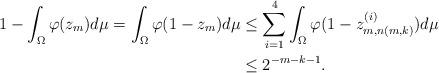
LaTeX: \begin{align*}1-\int_\Omega\varphi(z_m)d\mu=\int_\Omega\varphi(1-z_m)d\mu&\leq\sum_{i=1}^4\int_\Omega\varphi(1-z^{(i)}_{m,n(m,k)})d\mu\\ &\leq2^{-m-k-1}. \end{align*}